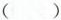
( )